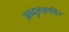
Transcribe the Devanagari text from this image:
अब्दुलक़ादिर